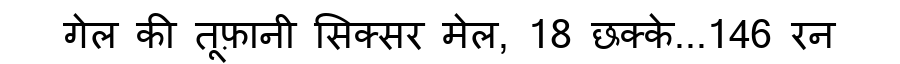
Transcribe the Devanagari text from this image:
गेल की तूफ़ानी सिक्सर मेल, 18 छक्के...146 रन